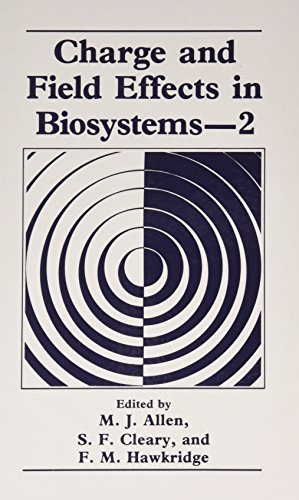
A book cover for Charge and Field Effects in Biosystems2; M.J. Allen; Science & Math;